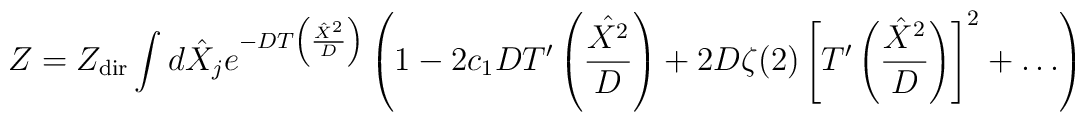
Z=Z_{\rm dir}\int d\hat X_j e^{-DT\left(\frac{\hat X^2}{D}\right)}\left(1-2 c_1DT'\left(\hat\frac{X^2}{D}\right) +2D\zeta(2)\left[T'\left(\frac{\hat X^2}{D}\right)\right]^2 +\ldots\right)